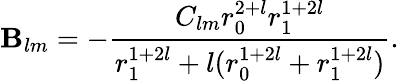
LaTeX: \mathbf{B}_{lm}=-\frac{{C_{lm}r_{0}^{2+l}r_{1}^{1+2l}}}{{r_{1}^{1+2l}+l(r_{0}^{1+2l}+r_{1}^{1+2l})}}.